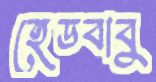
হেডবাবু